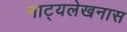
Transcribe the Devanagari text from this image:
नाट्यलेखनास